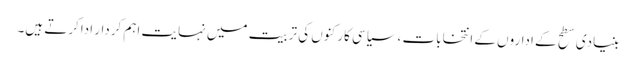
بنیادی سطح کے اداروں کے انتخابات ،سیاسی کارکنوں کی تربیت میں نہایت اہم کردار اداکرتے ہیں۔